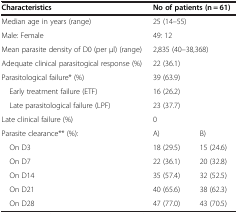
| Characteristics | <COLSPAN=2> No of patients (n = 61) |
 | --- | --- | --- |
 | Median age in years (range) | <COLSPAN=2> 25 (14–55) |
 | Male: Female | <COLSPAN=2> 49: 12 |
 | Mean parasite density of D0 (per μl) (range) | <COLSPAN=2> 2,835 (40–38,368) |
 | Adequate clinical parasitogical response (%) | <COLSPAN=2> 22 (36.1) |
 | Parasitological failure* (%) | <COLSPAN=2> 39 (63.9) |
 | Early treatment failure (ETF) | <COLSPAN=2> 16 (26.2) |
 | Late parasitological failure (LPF) | <COLSPAN=2> 23 (37.7) |
 | Late clinical failure (%) | 0 |  |
 | Parasite clearance** (%): | A) | B) |
 | On D3 | 18 (29.5) | 15 (24.6) |
 | On D7 | 22 (36.1) | 20 (32.8) |
 | On D14 | 35 (57.4) | 32 (52.5) |
 | On D21 | 40 (65.6) | 38 (62.3) |
 | On D28 | 47 (77.0) | 43 (70.5) |